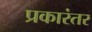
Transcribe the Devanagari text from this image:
प्रकारंतर